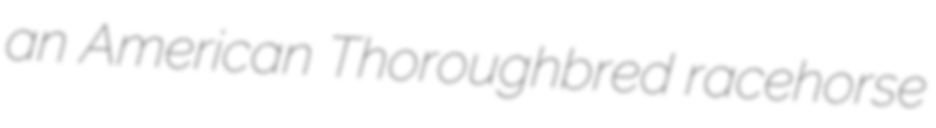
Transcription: an American Thoroughbred racehorse